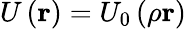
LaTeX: U\left({\mathbf r}\right)=U_{0}\left(\rho{\mathbf r}\right)